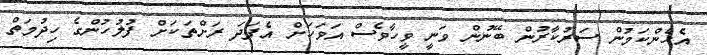
އެހެންކަމުން ސަރުކާރުން ބޭނުން ވަނީ ވީހާވެސް އަވަހަށް އެފަދަ ރަށްތަކަށް ފުލުހުންގެ ހިދުމަތް